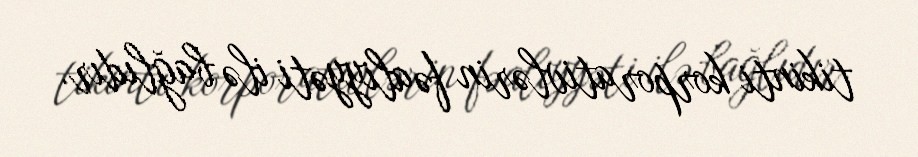
tikinti korporativlərin fəaliyyəti ilə bağlıdır.